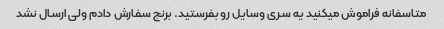
متاسفانه فراموش میکنید یه سری وسایل رو بفرستید. برنج سفارش دادم ولی ارسال نشد